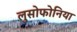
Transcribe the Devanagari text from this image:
लुसोफोनिया